Document type: Sale
Year: 1355
Scribe: Pere Borrell
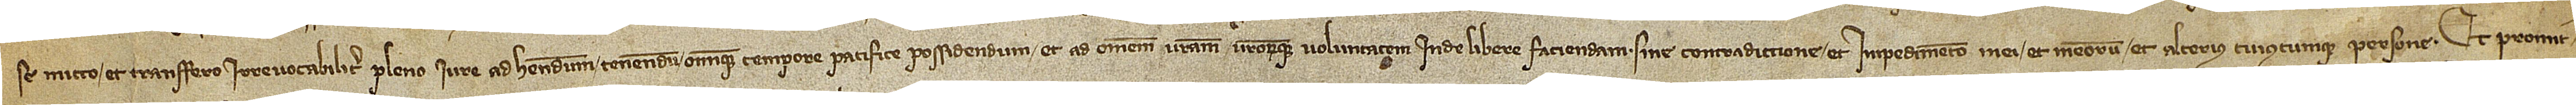
se mitto et transfero irrevocabiliter pleno iure ad habendum, tenendum omnique tempore pacifice possidendum et ad omnem vestram vestrorumque voluntatem inde libere faciendam, sine contradictione et impedimento mei et meorum el alteius cuiuscumque persone. Et promit-